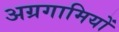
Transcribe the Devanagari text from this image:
अग्रगामियों